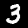
Label: 3